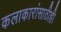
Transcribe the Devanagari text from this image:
कलाकारांसाठीही